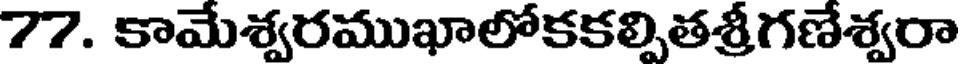
77. కామేశ్వరముఖాలోకకల్పితశ్రీగణేశ్వరా